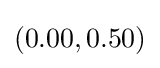
(0.00,0.50)